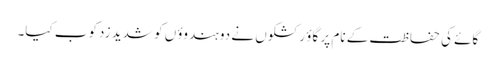
گائے کی حفاظت کے نام پر گاؤ رکشکوں نے دو ہندوؤں کو شدید زدکوب کیا۔